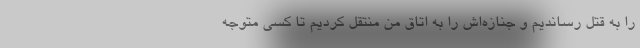
را به قتل رساندیم و جنازه‌اش را به اتاق من منتقل کردیم تا کسی متوجه